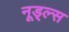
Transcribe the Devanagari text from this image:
नूड्ल्स